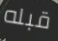
قبله